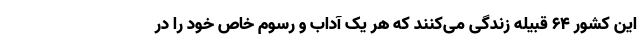
این کشور ۶۴ قبیله زندگی می‌کنند که هر یک آداب و رسوم خاص خود را در